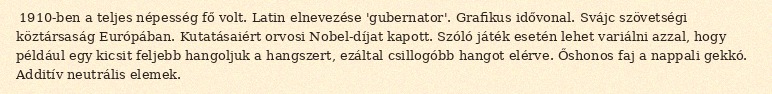
1910-ben a teljes népesség fő volt. Latin elnevezése 'gubernator'. Grafikus idővonal. Svájc szövetségi köztársaság Európában. Kutatásaiért orvosi Nobel-díjat kapott. Szóló játék esetén lehet variálni azzal, hogy például egy kicsit feljebb hangoljuk a hangszert, ezáltal csillogóbb hangot elérve. Őshonos faj a nappali gekkó. Additív neutrális elemek.